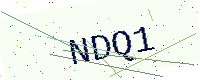
Text: NDQ1